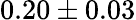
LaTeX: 0.20\pm 0.03